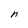
Character: n